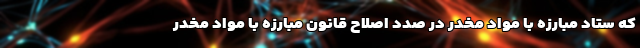
که ستاد مبارزه با مواد مخدر در صدد اصلاح قانون مبارزه با مواد مخدر